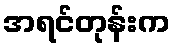
အရင်တုန်းက